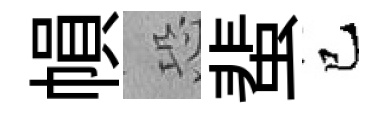
𢄙恐蜚已